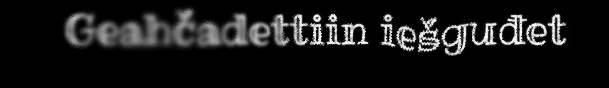
Geahčadettiin iešguđet